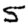
Digit: 5